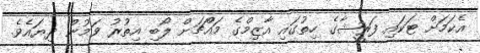
އެކަމަށް ޓަކައި ފަރީޝާގެ ހިތުގައި އާޒިމްގެ މައްޗަށް ލޯބި އިތުރު ވަމުން ދިޔައެވެ.